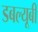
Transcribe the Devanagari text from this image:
डबल्यूबी